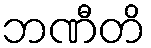
ဘဏီတိ